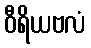
ဝီရိယဗလံ